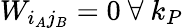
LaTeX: W_{i_{A}j_{B}}=0~\forall~k_{P}